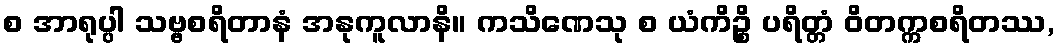
စ အာရုပ္ပါ သဗ္ဗစရိတာနံ အနုကူလာနိ။ ကသိဏေသု စ ယံကိဉ္စိ ပရိတ္တံ ဝိတက္ကစရိတဿ,